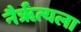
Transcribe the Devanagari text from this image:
नैर्ॠत्यला